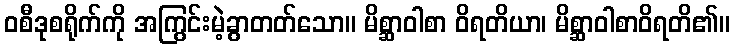
ဝစီဒုစရိုက်ကို အကြွင်းမဲ့ခွာတတ်သော။ မိစ္ဆာဝါစာ ဝိရတိယာ၊ မိစ္ဆာဝါစာဝိရတိ၏။